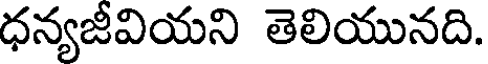
ధన్యజీవియని తెలియునది.